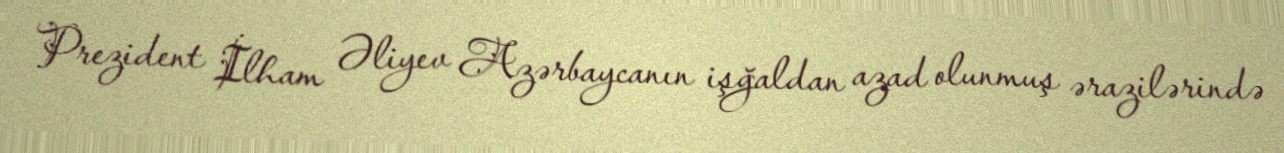
Prezident İlham Əliyev Azərbaycanın işğaldan azad olunmuş ərazilərində